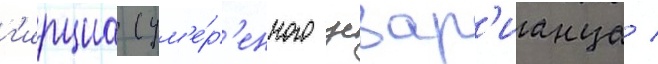
г'ирциа (ум'е́р'енного цезар'ианца /